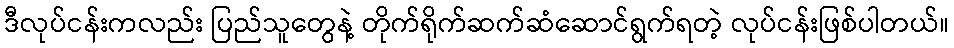
ဒီလုပ်ငန်းကလည်း ပြည်သူတွေနဲ့ တိုက်ရိုက်ဆက်ဆံဆောင်ရွက်ရတဲ့ လုပ်ငန်းဖြစ်ပါတယ်။